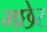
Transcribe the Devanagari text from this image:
मछेर